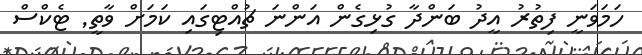
ހަމަވަނީ ފިތުރު އީދު ބަންދާ ގުޅިގެން އަންނަ ޗުއްޓިގައި ކަމަށް ވާތީ